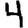
Digit: 4